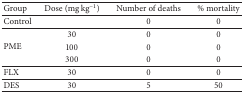
<table><thead><tr><td><b>Group</b></td><td><b>Dose (mg kg<sup>−1</sup>)</b></td><td><b>Number of deaths</b></td><td><b>% mortality</b></td></tr></thead><tbody><tr><td>Control</td><td> </td><td>0</td><td>0</td></tr><tr><td rowspan="3">PME</td><td>30</td><td>0</td><td>0</td></tr><tr><td>100</td><td>0</td><td>0</td></tr><tr><td>300</td><td>0</td><td>0</td></tr><tr><td>FLX</td><td>30</td><td>0</td><td>0</td></tr><tr><td>DES</td><td>30</td><td>5</td><td>50</td></tr></tbody></table>